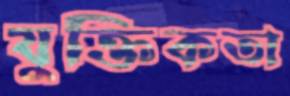
যুক্তিকতা